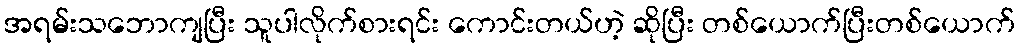
အရမ်းသဘောကျပြီး သူပါလိုက်စားရင်း ကောင်းတယ်ဟဲ့ ဆိုပြီး တစ်ယောက်ပြီးတစ်ယောက်